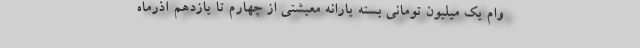
وام یک میلیون تومانی بسته یارانه معیشتی از چهارم تا یازدهم آذرماه